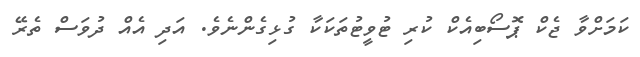
ކަމަށްވާ ޖެކް ޕޮސޯބިއެކް ކުރި ޓުވީޓުތަކަކާ ގުޅިގެންނެވެ. އަދި އެއް ދުވަސް ތެރޭ